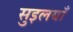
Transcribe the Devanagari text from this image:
सुइलयाँ